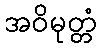
အဝိမုတ္တံ